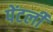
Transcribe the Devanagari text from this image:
पेंटर्ली